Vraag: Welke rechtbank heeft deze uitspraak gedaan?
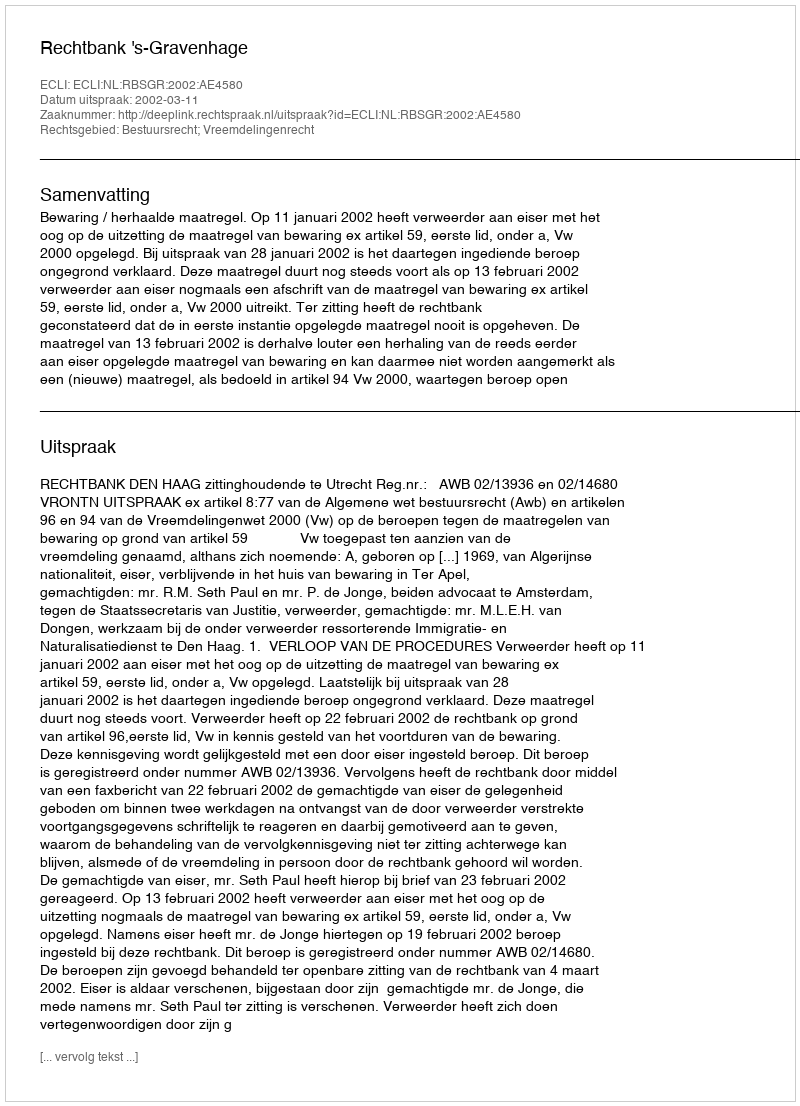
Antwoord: Rechtbank 's-Gravenhage